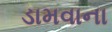
ડામવાના